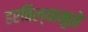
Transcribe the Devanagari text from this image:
हरविल्यामुळे